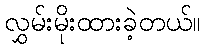
လွှမ်းမိုးထားခဲ့တယ်။